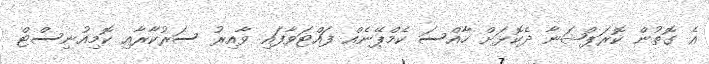
އެ ގޮތުން ކޮރަޕްޝަނާ ދެކޮޅަށް ހާއްސަ ކެމްޕޭނެއް ފައްޓަވާފައި ވާއިރު ސަރުކާރާއި ކޮމިއުނިސްޓް